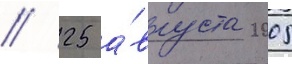
// 25 а́вгуста 2005